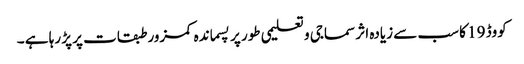
کووڈ 19 کا سب سے زیادہ اثر سماجی و تعلیمی طور پر پسماندہ کمزور طبقات پر پڑ رہا ہے ۔